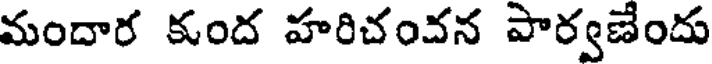
మందార కంద హరిచంచన పార్వణేందు